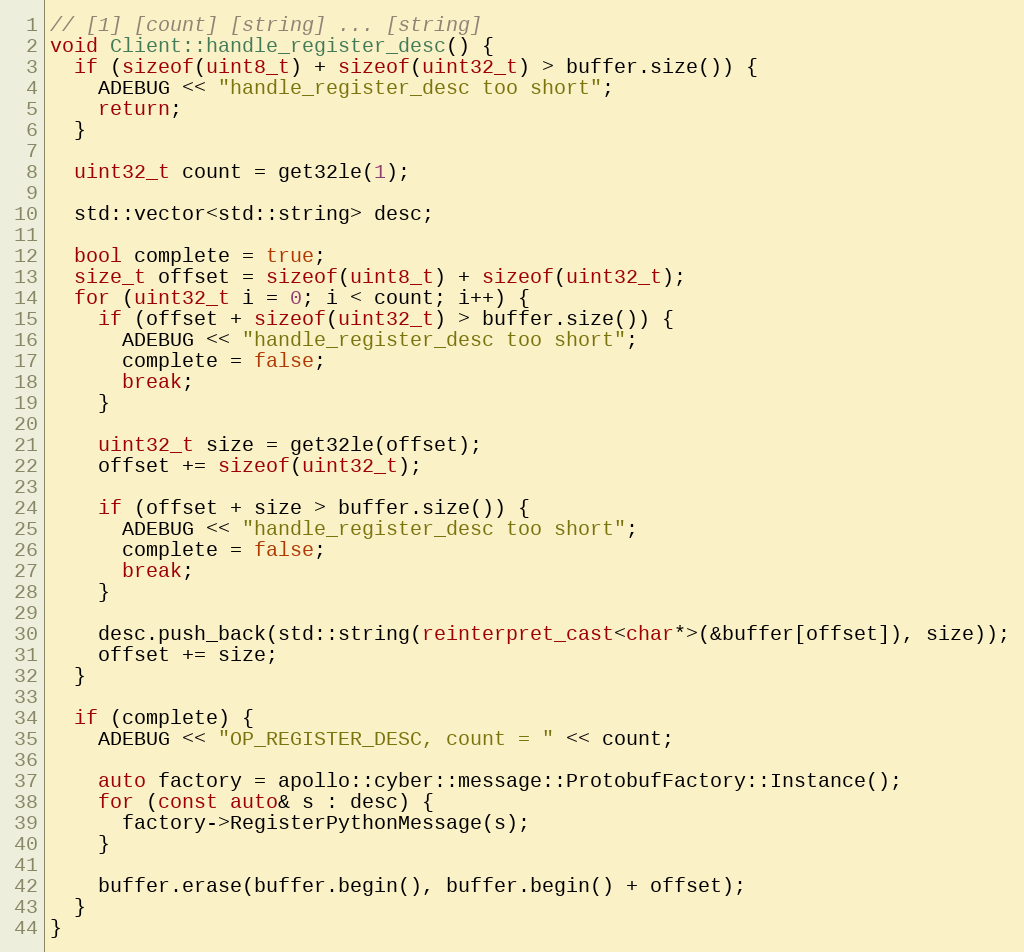
Language: C++
// [1] [count] [string] ... [string]
void Client::handle_register_desc() {
  if (sizeof(uint8_t) + sizeof(uint32_t) > buffer.size()) {
    ADEBUG << "handle_register_desc too short";
    return;
  }

  uint32_t count = get32le(1);

  std::vector<std::string> desc;

  bool complete = true;
  size_t offset = sizeof(uint8_t) + sizeof(uint32_t);
  for (uint32_t i = 0; i < count; i++) {
    if (offset + sizeof(uint32_t) > buffer.size()) {
      ADEBUG << "handle_register_desc too short";
      complete = false;
      break;
    }

    uint32_t size = get32le(offset);
    offset += sizeof(uint32_t);

    if (offset + size > buffer.size()) {
      ADEBUG << "handle_register_desc too short";
      complete = false;
      break;
    }

    desc.push_back(std::string(reinterpret_cast<char*>(&buffer[offset]), size));
    offset += size;
  }

  if (complete) {
    ADEBUG << "OP_REGISTER_DESC, count = " << count;

    auto factory = apollo::cyber::message::ProtobufFactory::Instance();
    for (const auto& s : desc) {
      factory->RegisterPythonMessage(s);
    }

    buffer.erase(buffer.begin(), buffer.begin() + offset);
  }
}